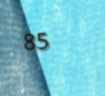
85